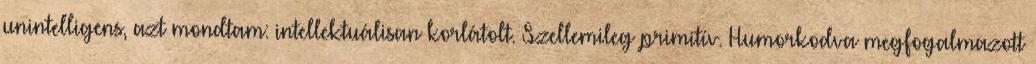
unintelligens, azt mondtam: intellektuálisan korlátolt. Szellemileg primitív. Humorkodva megfogalmazott